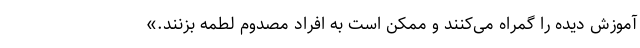
آموزش دیده را گمراه می‌کنند و ممکن است به افراد مصدوم لطمه بزنند.»